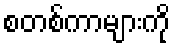
စတစ်ကာများကို